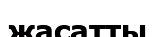
жасатты